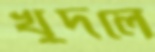
খুদলে